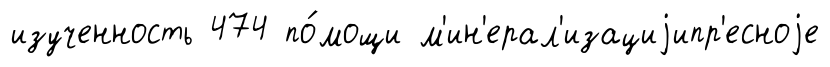
изученность 474 по́мощи м'ин'ерал'изациjипр'есноjе